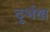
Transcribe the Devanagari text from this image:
दुर्भख